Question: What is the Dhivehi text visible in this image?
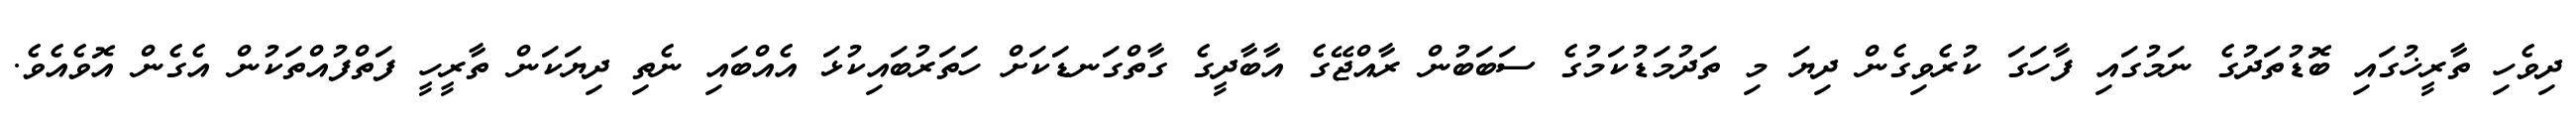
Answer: ދިވެހި ތާރީޚުގައި ބޮޑުތަދުގެ ނަމުގައި ފާހަގަ ކުރެވިގެން ދިޔަ މި ތަދުމަޑުކަމުގެ ސަބަބުން ރާއްޖޭގެ އާބާދީގެ ގާތްގަނޑަކަށް ހަތަރުބައިކުޅަ އެއްބައި ނެތި ދިޔަކަން ތާރީހީ ފަތްފުއްތަކުން އެގެން އޮވެއެވެ.